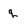
Character: q